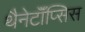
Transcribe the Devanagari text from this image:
थैनेटॉॅप्सिस